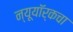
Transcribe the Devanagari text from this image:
न्यूयॉर्कचा